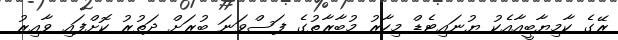
ރޭގެ ކާމިޔާބީއާއެކު ޔުނައިޓެޑް މިހާރު މުބާރާތުގެ ފަސްވަނަ ބުރަށް ދަތުރު ކޮށްފައި ވާއިރު